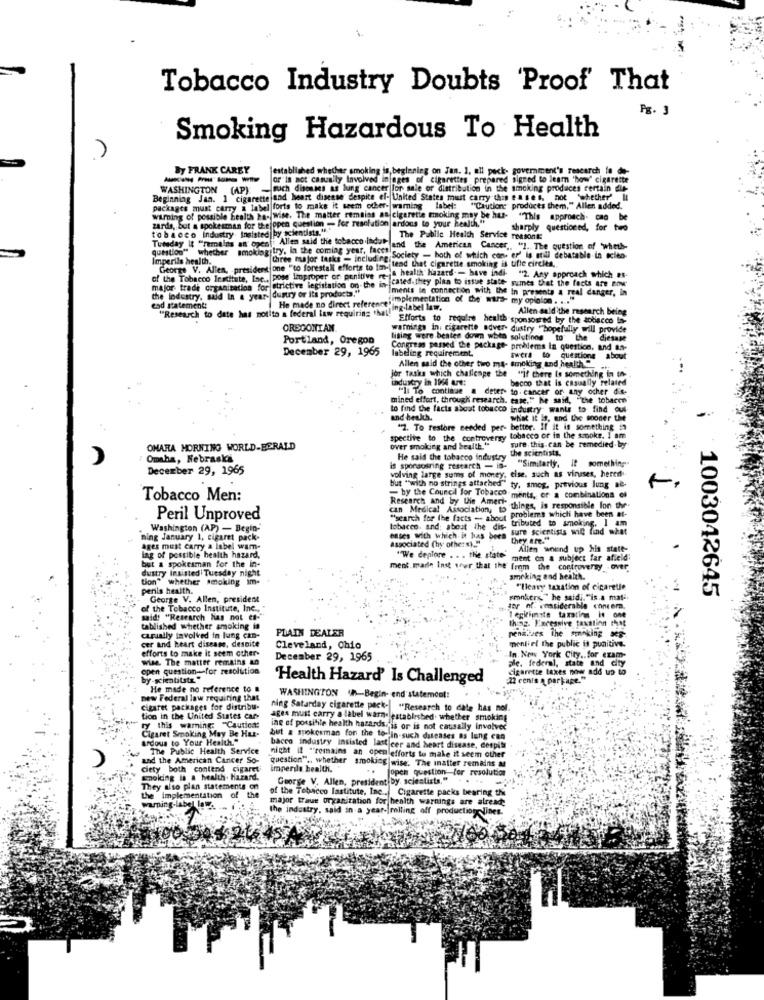
Tobacco Industry Doubts 'Proof That
Pg. 3
Smoking Hazardous To Health
By FRANK CAREY
stablished whether smoking is beglening on Jan. 1. all pack- government's research in do-
-----
or"Is not casually Involved in ages of cigarettes prepared signed to leam 'how' cigarette
WASHINGTON (AP)
such discuss as lung cancer for sale or distribution in the smoking prodaces certain die-
Beginning Jan. 1 cigarette and heart disease despite el- United States must carry this en ses, not whether' Il
packages must carry a label forts to make it seem other- warning label:
"Cautione produces them," Allen added.
wiring of possible health ha- wise. The matter remains an cigarette smoking may be hat-
zards, but a spokesman for thejopen question - for resolution ardous to your health."
tobacco industry insisted by scientists."."
sharply questioned, for tiro
The Public Health Service reasonk:
Tuesday it "remains an open : Allen said the tobacco indul and the American Cancer .. "1. The question of wheth-
question" whether smoking try, in the coming year. whoms Society - hoth of which com. er' is still debatable in scito-
Imperils health.
three major tasks - includ ff tend that cigarette smoking is tifle circles,
of the Tobacco Institute, Inc ., pose linproper or punitive me-4 h
major trade organisation for strictive legistation on the icated.they plan to issue state gumes that the facts are now
major trade organization for strictive legislati
Iments in connection with the In presents a real danger, in
the industry, said In a year- dustry or its products."
fimplementation of the wars- my opinion . ...
ead statement:
He made no direct reference ing-label law.
Allen aald'the research being
"Research to date has notito a federal law requiring "hal!"
Efforts to require health sponsored by the aobiacco Is-
OREGONIAN
warnings in. cigarette adver- dustry ""hopefully will provide
Portland, Oregon
liting were beaten down when solutions to the diesase
December 29, 1965
Congress passed the package- problems in question, and an-
labeling requirement.
Allen said the other two ma- smoking and health
Iwers to questions about
jor tasks which challenge the "if there is something in th-
industry in 1964 art:
bacco that is casually related
"I To continue a deter- to cancer or any ocher die-
mined effort, through research. case."" he said, "the tobacco
to find the facts about tobacco industry wants to find out
und beukh.
what it is, and the sooner the
"2. To restore needed per- better. Il it is something in
spective to the controversy tobacco or in the smoke. I am
sure. this can be remedied.by
OMARA MORNING WORLD-BERALD
over smoking and health."
the scientists.
Omaha, Nebraska
He said the tobacco industry
If something
December 29, 1965
volving large sums of money, else. such as viruses, hered
is sporaosring research - is-
"Similarly.
but "with no strings attached" ty, smog, previous lung ae-
Tobacco Men:
- by the Council for Tobacco ments, or a combinations of
Research and by the Ameri-
can Medical Association, to things, is responsible fon the-
"search for the facts - about problems which have been at-
Peril Unproved
tobacco, and: about the dis. tributed to smoking. I am
Washington (AP) - Begin-
esses with which it has been sure scientists will find what
ning January 1, cigaret pack-
they are."
ages must carry a label warm-
associated (hy others).""
Allen wound up his statt-
ing of possible health hazard.
"We deplore ... the state"
"We deplore . . . the state ment on a subject far afield;
dustry insisted Tuesday night
but a spokesman for the in-
ment. made inst seer that the from the controversy .Over
tion" whether smoking im-
ameking and health.
penis health.
"Ileavy taxation of cigaretle
1003042645
George V. Allen, president
smokers" he saidi. "is.a mat-
of the Tobacco Institute, Inc ., "
Jor of. considerable concern.
legitimate taxating in one
said! "Research has not et-"
thing. Excessive taxalinn that
tablished Whether smoking in
penalzes the smoking
capually involved in lung can-
cer and heart disease, despite
PLAIN DEALER
menlief the public is punitive.
efforts to make it seem other-
Cleveland, Chio
wise. The matter remains an
December 29, 1965
In. New York City. for exam-
open question -- for resolution
cigarette taxes now add up to
ple. federal, state and city
by-sietitste"
'Health Hazard' Is Challenged
22 cents q parkage."
He made no reference to
new Federal law requiring that
WASHINGTON 4h-Begin- end statement:
cigaret packages for distribu-
ning Satarday cigarette pack- "Research to date has nof.
tion in the United States car-
ages must carry a label warne established. whether smoking
Cigaret Smoking May Be Hur-
ry this warning: "Caution:
ine of porsitile health hasards, is or is not causally involver
ardous to Your Health."
but a spokesman for the to-lin-such diseases as lung can
The Public Health Service
bacen industry insisted last cer and heart disease, despilt
und the American Cancer So-
nicht it "remains an openlefforts to make it seem other
ciety both contend cigaret
question" .. whether smoking wise. The inatter remains a
imperile health.
Jopch question for resolution
Enoling is a health. harard.
George V. Allen, president by. scientists."
They also plan statements on
of the Tobacco Institute, Inc .. Cigarette packs bearing the
the implementation of the
aming-label la
major traue organization for health warnings are already
the industry, said in a year-|rolling off production lines.